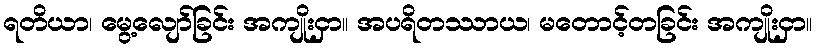
ရတိယာ၊ မွေ့လျော်ခြင်း အကျိုးငှာ။ အပရိတဿာယ၊ မတောင့်တခြင်း အကျိုးငှာ။